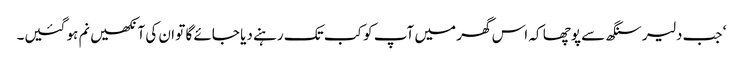
‘ جب دلیر سنگھ سے پوچھا کہ اس گھر میں آپ کو کب تک رہنے دیا جائے گا تو ان کی آنکھیں نم ہو گئیں۔